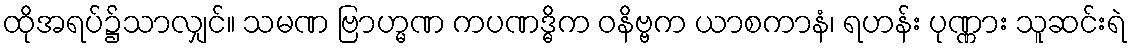
ထိုအရပ်၌သာလျှင်။ သမဏ ဗြာဟ္မဏ ကပဏဒ္ဓိက ဝနိဗ္ဗက ယာစကာနံ၊ ရဟန်း ပုဏ္ဏား သူဆင်းရဲ